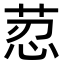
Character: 荵